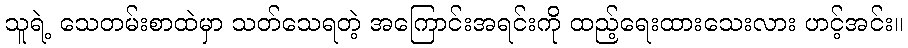
သူရဲ့ သေတမ်းစာထဲမှာ သတ်သေရတဲ့ အကြောင်းအရင်းကို ထည့်ရေးထားသေးလား ဟင့်အင်း။